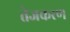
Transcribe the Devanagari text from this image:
तेजकरण